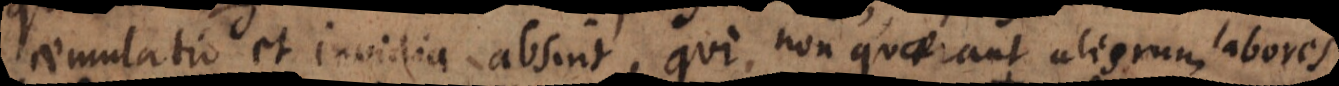
aemulatio et invidia absint, qui non quaerant aliorum alii